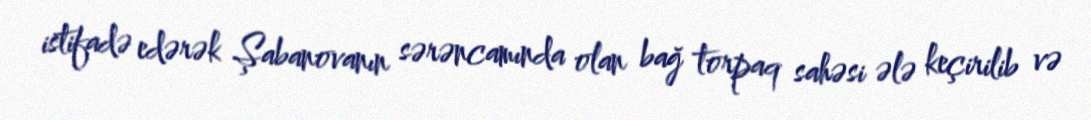
istifadə edərək Şabanovanın sərəncamında olan bağ torpaq sahəsi ələ keçirilib və